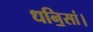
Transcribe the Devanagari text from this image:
धनि॒सां।